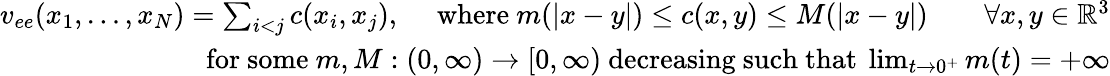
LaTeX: \begin{array}{r}{v_{ee}(x_{1},\ldots,x_{N})=\sum_{i<j}c(x_{i},x_{j}),\quad\mathrm{~where~}m(|x-y|)\leq c(x,y)\leq M(|x-y|)\qquad\forall x,y\in\mathbb{R}^{3}}\\ {\mathrm{for~some~}m,M:(0,\infty)\to[0,\infty)\mathrm{~decreasing~such~that~}\operatorname*{lim}_{t\to 0^{+}}m(t)=+\infty}\end{array}